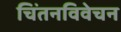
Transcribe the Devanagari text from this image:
चिंतनविवेचन